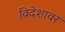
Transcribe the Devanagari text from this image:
विदेशावर